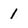
Character: 1